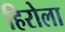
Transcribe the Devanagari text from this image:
हिरोला